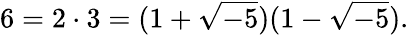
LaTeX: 6=2\cdot 3=(1+{\sqrt{-5}})(1-{\sqrt{-5}}).